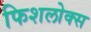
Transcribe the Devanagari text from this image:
फिशलोक्स